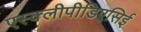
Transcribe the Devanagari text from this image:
एस्क्लीपीडिएसिई